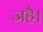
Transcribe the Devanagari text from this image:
जहै।